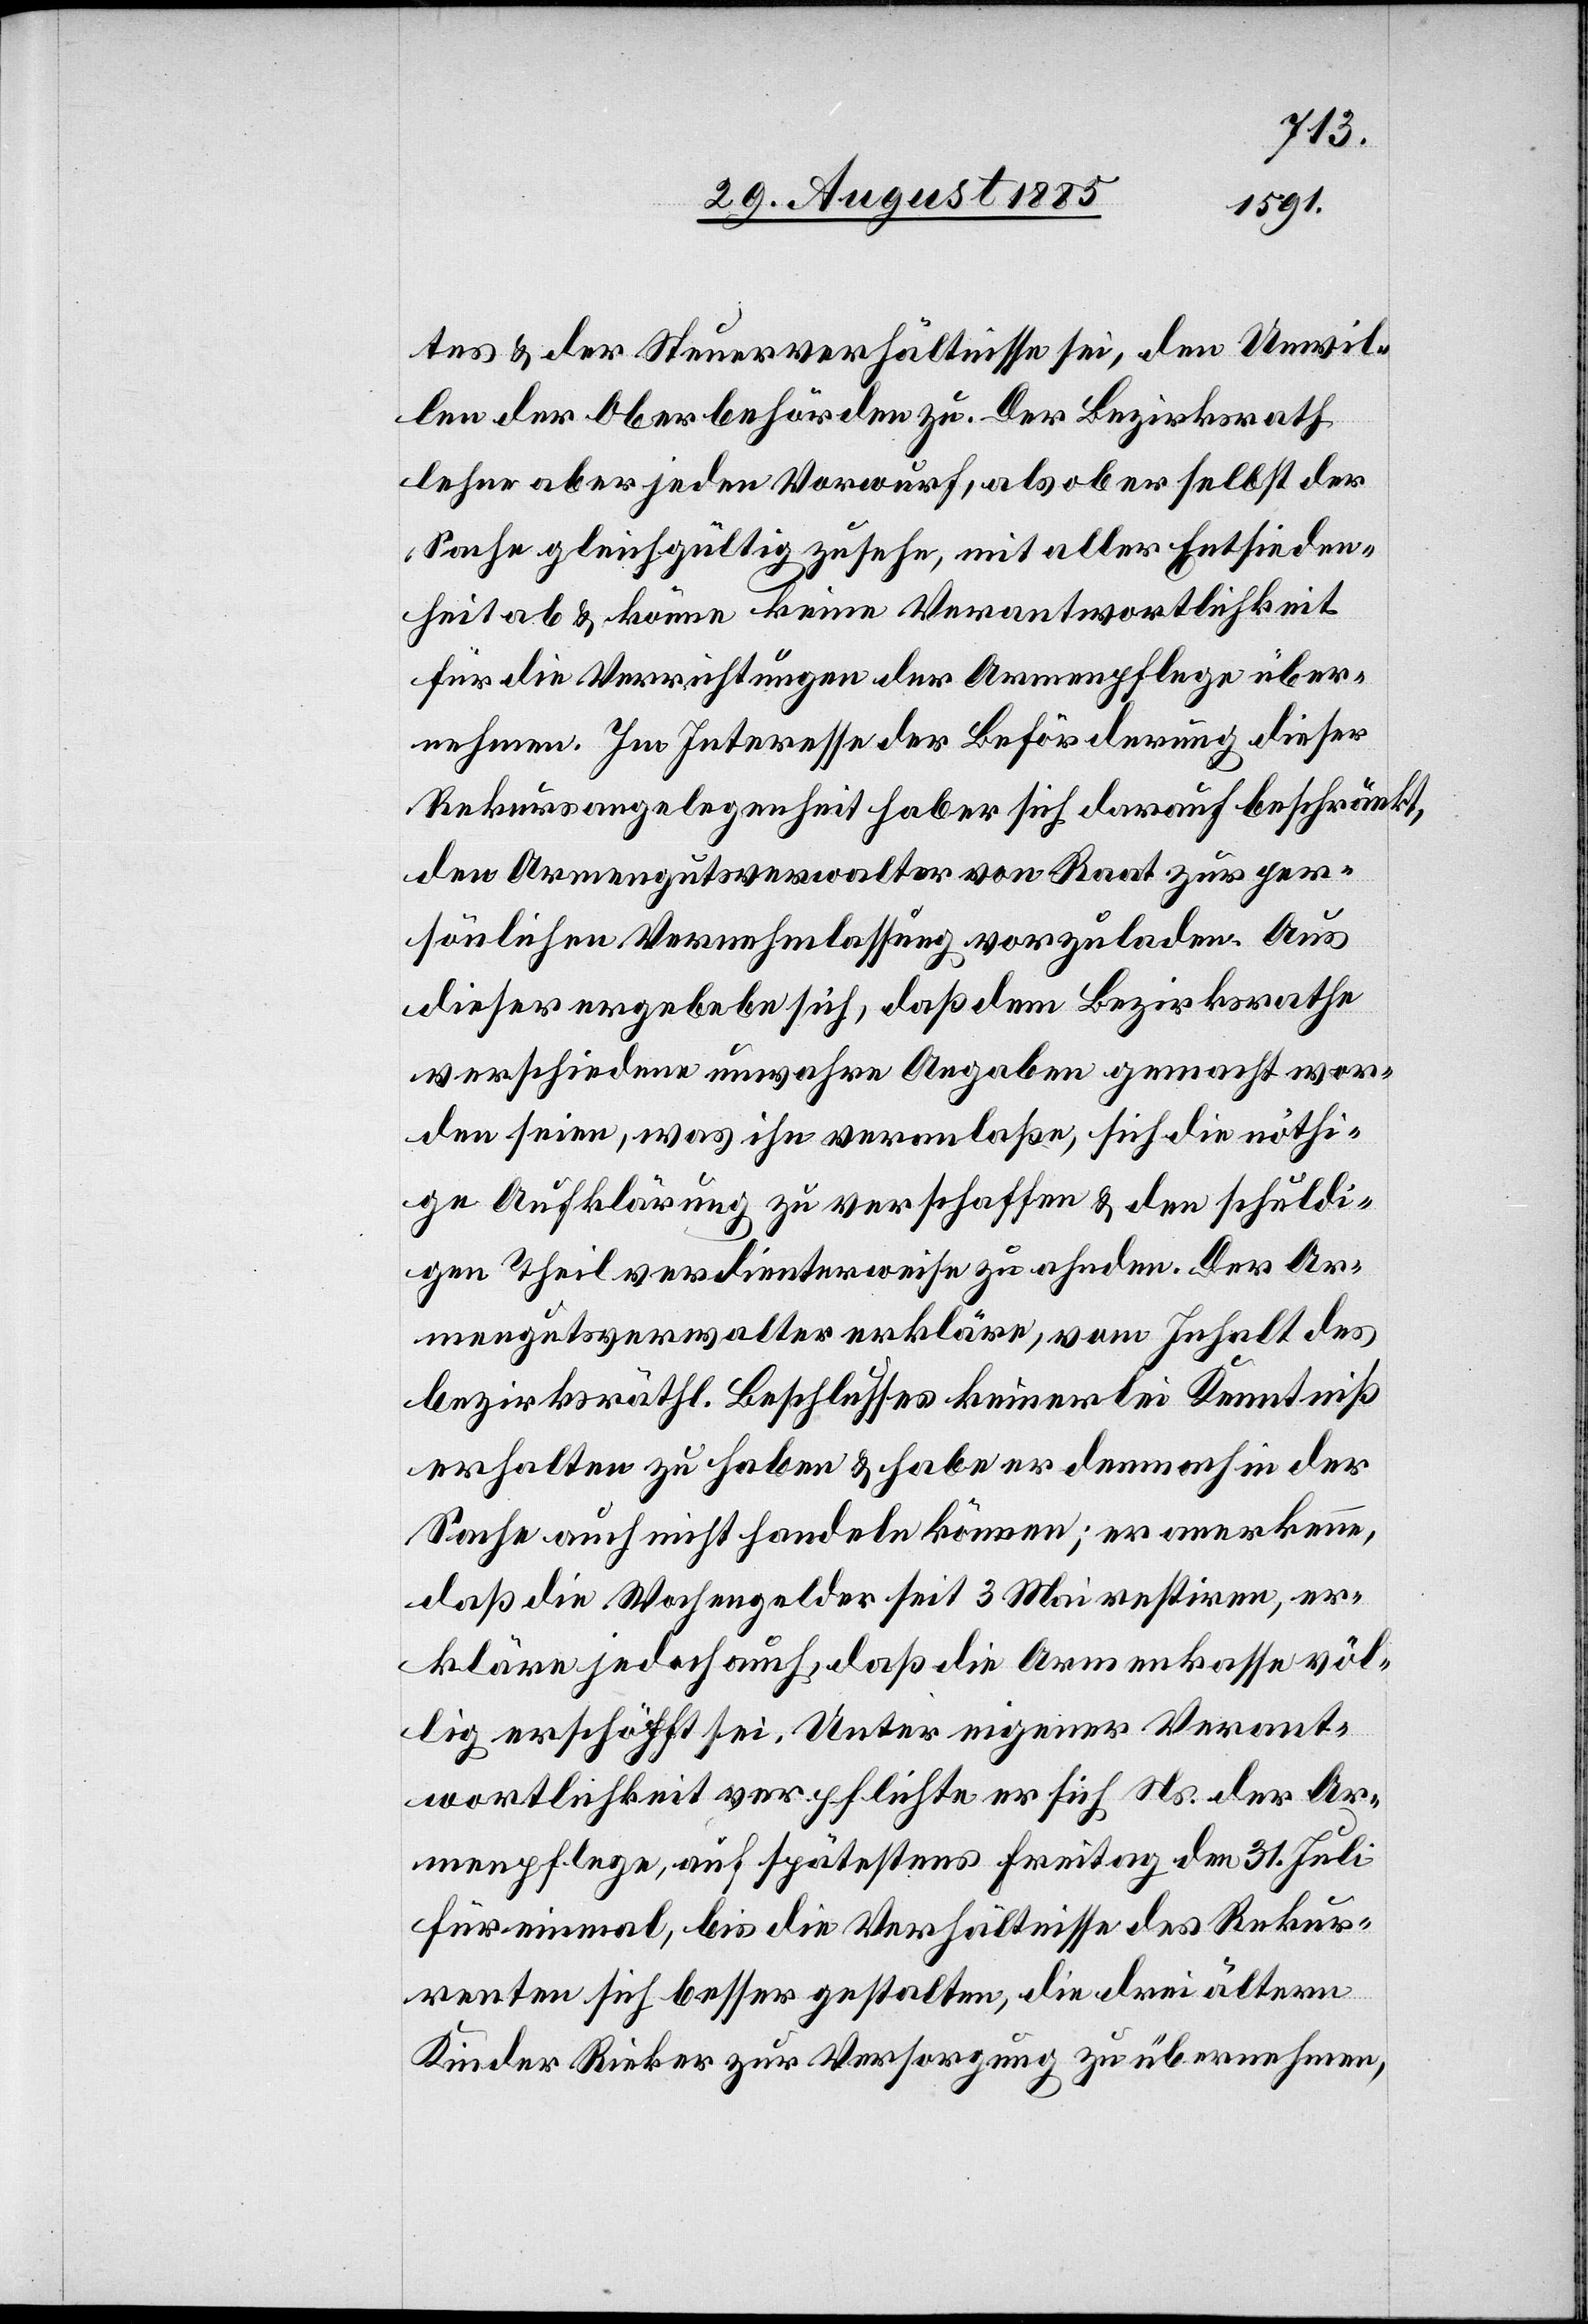
tes & der Steuerverhältnisse sei, den Unwil¬
len der Oberbehörden zu. Der Bezirksrath
lehne aber jeden Vorwurf, als ob er selbst der
Sache gleichgültig zusehe, mit aller Entschieden¬
heit ab & könne keine Verantwortlichkeit
für die Verrichtungen der Armenpflege über¬
nehmen. Im Interesse der Beförderung dieser
Rekursangelegenheit hab[e] er sich darauf beschränkt,
den Armengutsverwalter von Raat zur per¬
sönlichen Vernehmlassung vorzuladen. Aus
dieser ergebe sich, daß dem Bezirksrathe
verschiedene unwahre Angaben gemacht wor¬
den seien, was ihn veranlaße, sich die nöthi¬
ge Aufklärung zu verschaffen & den schuldi¬
gen Theil verdienterweise zu ahnden. Der Ar¬
mengutsverwalter erkläre, vom Inhalt des
bezirksräthl. Beschlusses keinerlei Kenntniß
erhalten zu haben & habe er demnach in der
Sache auch nicht handeln können; er anerkenne,
daß die Wochengelder seit 3. Mai restiren, er¬
kläre jedoch auch, daß die Armenkasse völ¬
lig erschöpft sei. Unter eigener Verant¬
wortlichkeit verpflichte er sich Ns. der Ar¬
menpflege, auf spätestens Freitag den 31. Juli
für einmal, bis die Verhältnisse des Rekur¬
renten sich besser gestalten, die drei ältern
Kinder Rieker zur Versorgung zu übernehmen,